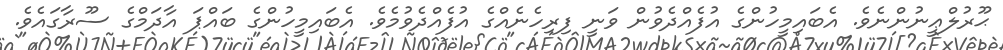
ޙޫރުލްޢީނުންނެވެ. އެބައިމީހުންގެ އުފެއްދެވުން ވަނީ ފިރިހެނެއްގެ އުފެއްދެވުމެވެ. އެބައިމީހުންގެ ބައްޕަ އާދަމްގެ ސޫރާގައެވެ.